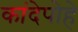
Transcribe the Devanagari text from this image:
कांदेपोहे